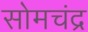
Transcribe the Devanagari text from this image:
सोमचंद्र